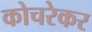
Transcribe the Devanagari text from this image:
कोचरेकर